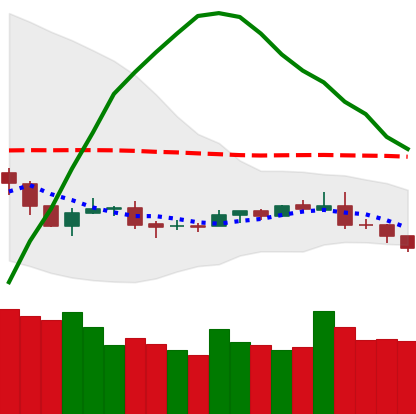
Ticker: NEO-USD
Chart end date: 2019-08-09
Forward return: -9.725%
Label: down_7plus